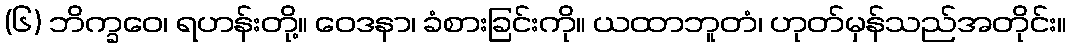
(၆) ဘိက္ခဝေ၊ ရဟန်းတို့။ ဝေဒနာ၊ ခံစားခြင်းကို။ ယထာဘူတံ၊ ဟုတ်မှန်သည်အတိုင်း။